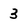
Character: 3